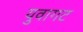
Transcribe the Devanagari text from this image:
युवागट